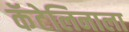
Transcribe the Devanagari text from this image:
कॅटेलिनाला